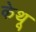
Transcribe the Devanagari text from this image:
केथू